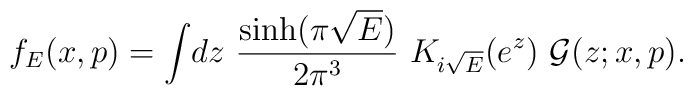
f_{E}(x,p)=\int \!dz~\frac{\sinh (\pi \sqrt{E})}{2\pi ^{3}}~K_{i\sqrt{E} }(e^{z})~\mathcal{G}(z;x,p).